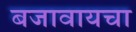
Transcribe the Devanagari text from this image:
बजावायचा